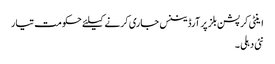
اینٹی کرپشن بلز پر آرڈیننس جاری کرنے کیلئے حکومت تیار
نئی دہلی ۔